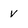
Character: v